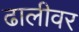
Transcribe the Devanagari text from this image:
ढालीवर